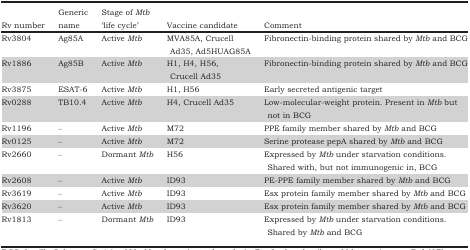
| Rv number | Generic name | Stage of Mtb ‘life cycle’ | Vaccine candidate | Comment |
 | --- | --- | --- | --- | --- |
 | Rv3804 | Ag85A | Active Mtb | MVA85A, Crucell Ad35, Ad5HUAG85A | Fibronectin-binding protein shared by Mtb and BCG |
 | Rv1886 | Ag85B | Active Mtb | H1, H4, H56, Crucell Ad35 | Fibronectin-binding protein shared by Mtb and BCG |
 | Rv3875 | ESAT-6 | Active Mtb | H1, H56 | Early secreted antigenic target |
 | Rv0288 | TB10.4 | Active Mtb | H4, Crucell Ad35 | Low-molecular-weight protein. Present in Mtb but not in BCG |
 | Rv1196 | – | Active Mtb | M72 | PPE family member shared by Mtb and BCG |
 | Rv0125 | – | Active Mtb | M72 | Serine protease pepA shared by Mtb and BCG |
 | Rv2660 | – | Dormant Mtb | H56 | Expressed by Mtb under starvation conditions. Shared with, but not immunogenic in, BCG |
 | Rv2608 | – | Active Mtb | ID93 | PE-PPE family member shared by Mtb and BCG |
 | Rv3619 | – | Active Mtb | ID93 | Esx protein family member shared by Mtb and BCG |
 | Rv3620 | – | Active Mtb | ID93 | Esx protein family member shared by Mtb and BCG |
 | Rv1813 | – | Dormant Mtb | ID93 | Expressed by Mtb under starvation conditions. Shared by Mtb and BCG |